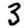
Digit: 3